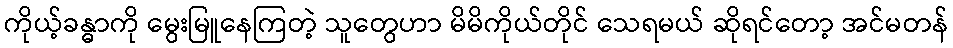
ကိုယ့်ခန္ဓာကို မွေးမြူနေကြတဲ့ သူတွေဟာ မိမိကိုယ်တိုင် သေရမယ် ဆိုရင်တော့ အင်မတန်